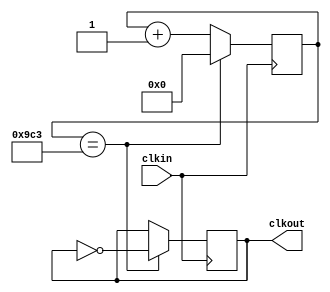

module DivFreqPWM#( 
parameter top=12'h9C4) //100M/20k =5k -> top = 12'h9C4 (para que nuestro clock sea de 20khz) 
					   // 50M/20k = 2.5k -> top = 12'h4E6
    (input clkin,
    output reg clkout
    );
    reg [12:0] count_D;
	
	initial
	begin
		clkout=1'b1;
		count_D=0;
	end
	
	always @(posedge clkin) 
	begin
		count_D <= count_D + 1;
		if(count_D == top-1)
		begin
			count_D<=0;
			clkout <= ~clkout;
		end
	end
endmodule